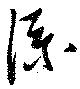
添